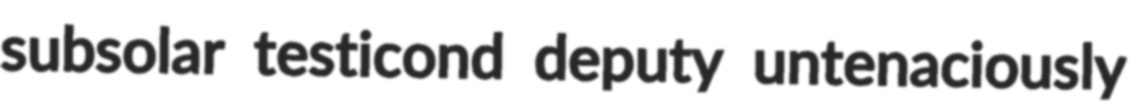
subsolar testicond deputy untenaciously